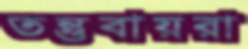
তন্তুবায়রা